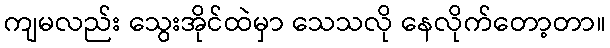
ကျမလည်း သွေးအိုင်ထဲမှာ သေသလို နေလိုက်တော့တာ။